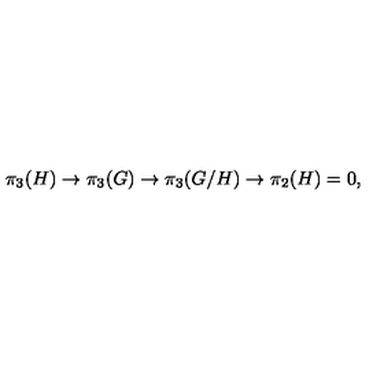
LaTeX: \pi _ { 3 } ( H ) \to \pi _ { 3 } ( G ) \to \pi _ { 3 } ( G / H ) \to \pi _ { 2 } ( H ) = 0 ,